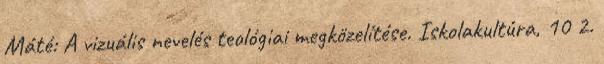
Máté: A vizuális nevelés teológiai megközelítése. Iskolakultúra, 10 2.